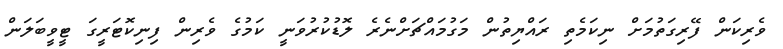
ވެރިކަން ފޭރިގަތުމަށް ނިކަމެތި ރައްޔިތުން މަގުމައްޗަށްނެރެ ލޮޑުކުރުވަނީ ކަމުގެ ވެރިން ފިނިކޮޓަރީގަ ޓީވީބަލަން